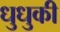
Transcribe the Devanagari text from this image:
धुधुकी